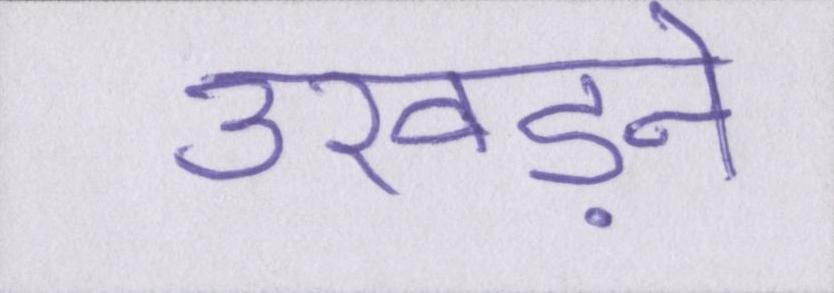
उखड़ने